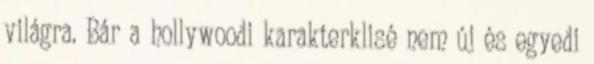
világra. Bár a hollywoodi karakterklisé nem új és egyedi